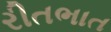
રીતભાત